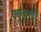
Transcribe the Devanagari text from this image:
चबुतराही